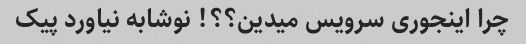
چرا اینجوری سرویس میدین؟؟! نوشابه نیاورد پیک